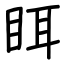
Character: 眲